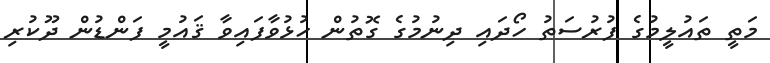
މަތީ ތައުލީމުގެ ފުރުސަތު ހޯދައި ދިނުމުގެ ގޮތުން ހުޅުވާފައިވާ ޤައުމީ ފަންޑުން ދޫކުރި